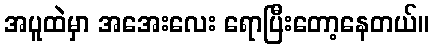
အပူထဲမှာ အအေးလေး ရောပြီးတော့နေတယ်။